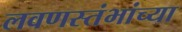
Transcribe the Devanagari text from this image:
लवणस्तंभांच्या